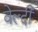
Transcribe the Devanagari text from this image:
वेल्दी